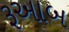
રૂઆબ